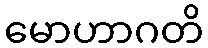
မောဟာဂတိ